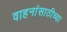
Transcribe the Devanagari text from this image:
वाहनांसाठीच्या